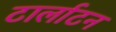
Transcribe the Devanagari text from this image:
टार्लाटन